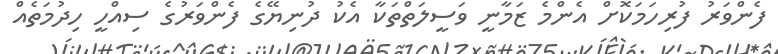
ފެންވަރު ފުރިހަމަކޮށް އެންމެ ޒަމާނީ ވަސީލަތްތަކާ އެކު ދުނިޔޭގެ ފެންވަރުގެ ސިއްހީ ހިދުމަތެއް